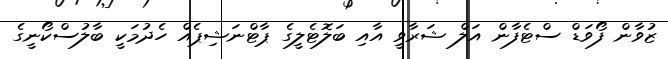
ޒުވާން ފޯވަޑް ސްޓެފާން އަލް ޝަރާވީ އާއި ބަލޮޓެލީގެ ޕާޓްނަޝިޕެއް ހެދުމަކީ ބާލުސްކޯނީގެ